Civil Veterinary Department Bengal reports 1923-33 - 1923-1933
Year: 1923
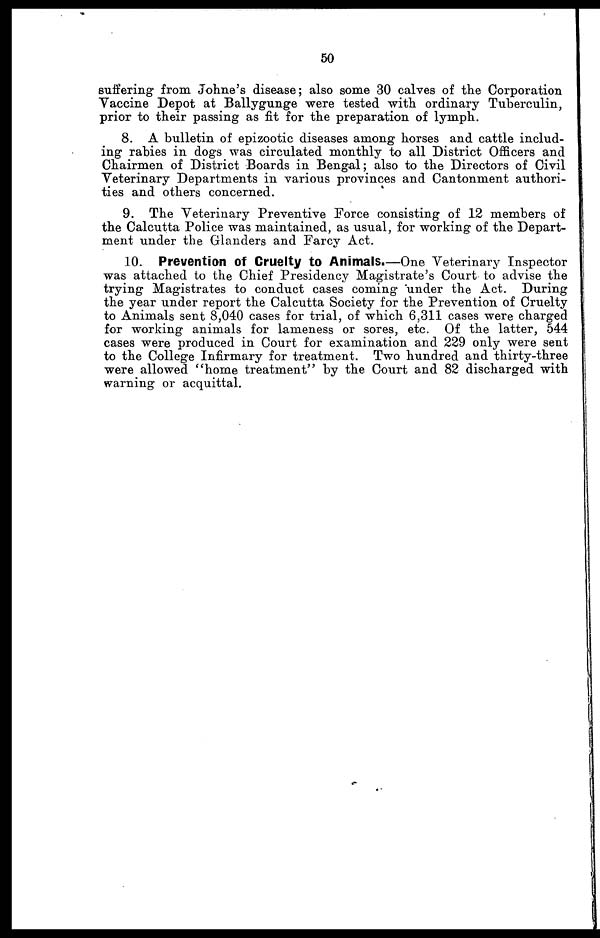
50
suffering from Johne's disease; also some 30 calves of the Corporation
Vaccine Depot at Ballygunge were tested with ordinary Tuberculin,
prior to their passing as fit for the preparation of lymph.
8. A bulletin of epizootic diseases among horses and cattle includ-
ing rabies in dogs was circulated monthly to all District Officers and
Chairmen of District Boards in Bengal; also to the Directors of Civil
Veterinary Departments in various provinces and Cantonment authori-
ties and others concerned.
9. The Veterinary Preventive Force consisting of 12 members of
the Calcutta Police was maintained, as usual, for working of the Depart-
ment under the Glanders and Farcy Act.
10. Prevention of Cruelty to Animals.—One Veterinary Inspector
was attached to the Chief Presidency Magistrate's Court to advise the
trying Magistrates to conduct cases coming under the Act. During
the year under report the Calcutta Society for the Prevention of Cruelty
to Animals sent 8,040 cases for trial, of which 6,311 cases were charged
for working animals for lameness or sores, etc. Of the latter, 544
cases were produced in Court for examination and 229 only were sent
to the College Infirmary for treatment. Two hundred and thirty-three
were allowed "home treatment" by the Court and 82 discharged with
warning or acquittal.